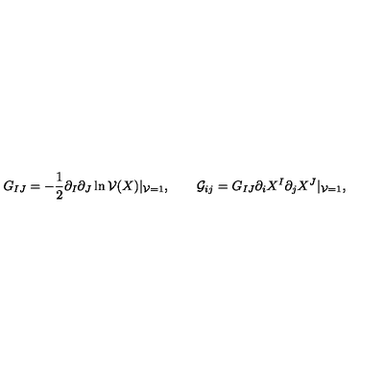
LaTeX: G _ { I J } = - \frac 1 2 \partial _ { I } \partial _ { J } \ln { \cal V } ( X ) | _ { { \cal V } = 1 } , \qquad { \cal G } _ { i j } = G _ { I J } \partial _ { i } X ^ { I } \partial _ { j } X ^ { J } | _ { { \cal V } = 1 } ,